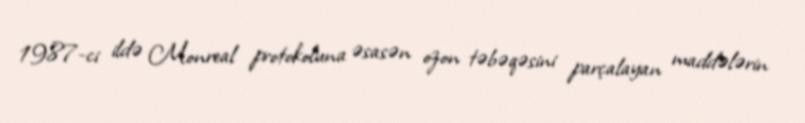
1987-ci ildə Monreal protokoluna əsasən ozon təbəqəsini parçalayan maddələrin